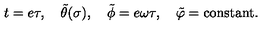
t = e \tau , \quad \tilde { \theta } ( \sigma ) , \quad \tilde { \phi } = e \omega \tau , \quad \tilde { \varphi } = \mathrm { c o n s t a n t } .